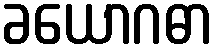
ခယောဂဓာ